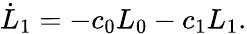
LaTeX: \dot{L}_{1}=-c_{0}L_{0}-c_{1}L_{1}.